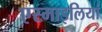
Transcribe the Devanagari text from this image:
एस्माइलियां